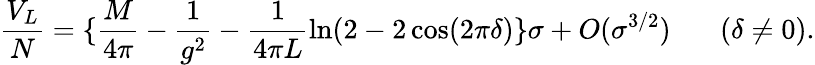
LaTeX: \frac{V_{L}}{N}=\{ \frac{M}{4\pi}-\frac{1}{g^{2}}-\frac{1}{4\pi L}\ln(2-2\cos(2\pi\delta)\} \sigma+O(\sigma^{3/2})~~~~~~~(\delta\neq 0).